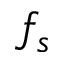
f _ { s }